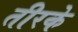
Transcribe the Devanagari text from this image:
तीरके